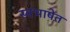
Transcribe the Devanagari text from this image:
स्वभाषेत